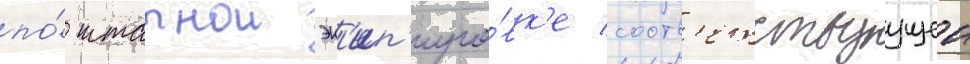
по́ штатнои эк'ип'иро́вк'е соотв'етствуущеи